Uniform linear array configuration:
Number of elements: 24
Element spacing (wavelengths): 0.75
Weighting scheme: cosine
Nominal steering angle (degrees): -15
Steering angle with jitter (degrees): -13.245
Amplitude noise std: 0.05
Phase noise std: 0.05

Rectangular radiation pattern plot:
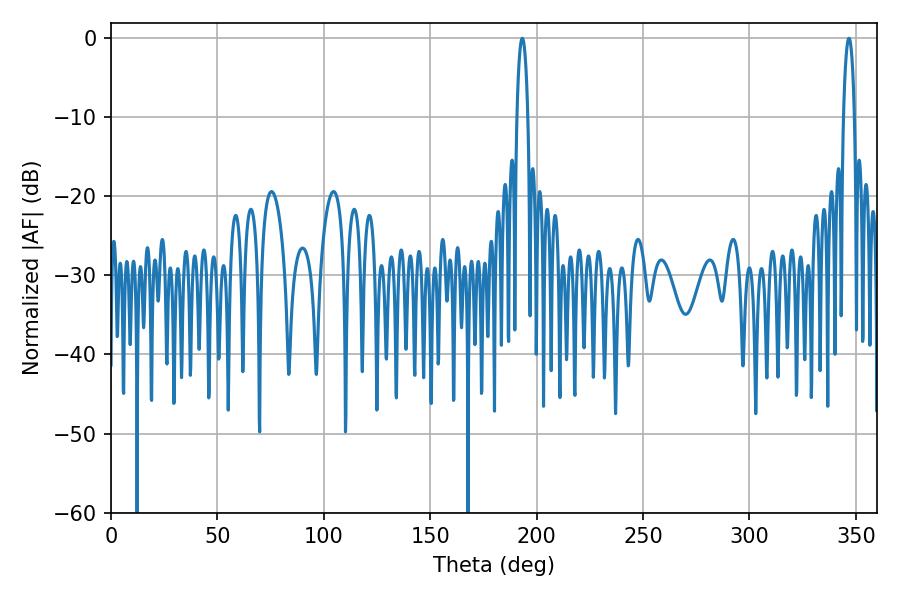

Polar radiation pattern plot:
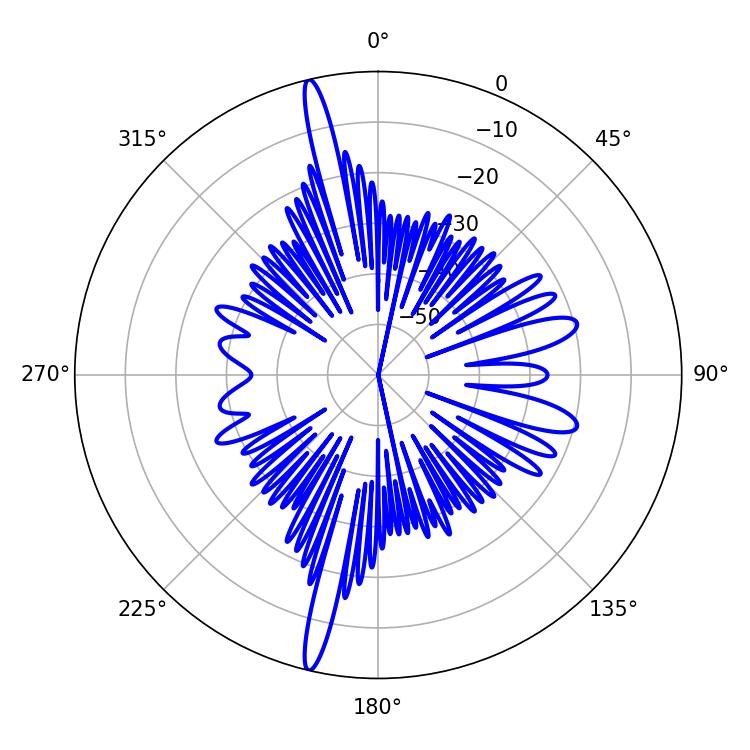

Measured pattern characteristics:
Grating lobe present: TRUE
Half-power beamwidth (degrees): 2.88
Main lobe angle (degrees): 193.32